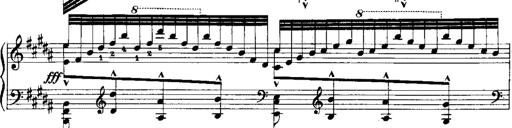
Title: RÃ©miniscences de Norma de Bellini
Composer: Franz Liszt